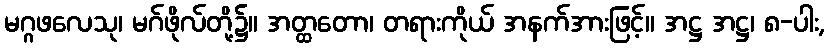
မဂ္ဂဖလေသု၊ မဂ်ဖိုလ်တို့၌။ အတ္ထတော၊ တရားကိုယ် အနက်အားဖြင့်။ အဋ္ဌ အဋ္ဌ၊ ၈-ပါး,